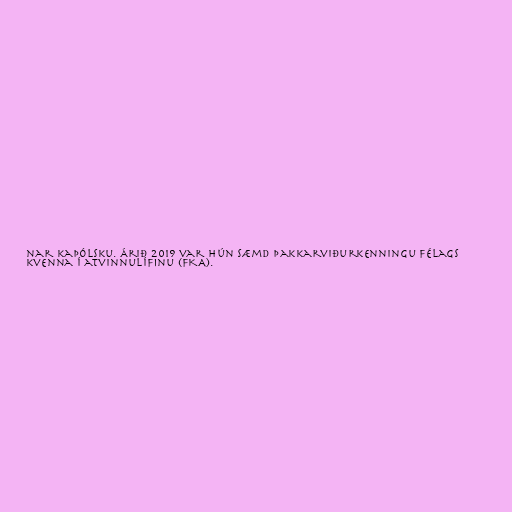
nar kaþólsku. Árið 2019 var hún sæmd þakkarviðurkenningu Félags
kvenna í atvinnulífinu (FKA).